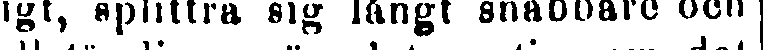
tgt, splittra sig långt snabbare och